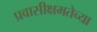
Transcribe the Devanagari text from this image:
प्रवासीक्षमतेच्या